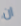
ان